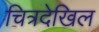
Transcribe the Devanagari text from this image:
चित्रदेखिल